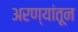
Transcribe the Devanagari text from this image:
अरण्यांतून